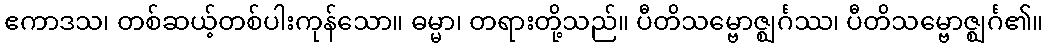
ဧကာဒသ၊ တစ်ဆယ့်တစ်ပါးကုန်သော။ ဓမ္မာ၊ တရားတို့သည်။ ပီတိသမ္ဗောဇ္ဈင်္ဂဿ၊ ပီတိသမ္ဗောဇ္ဈင်္ဂ၏။